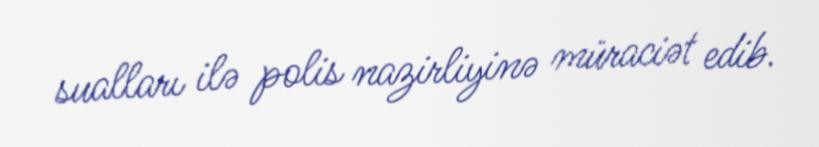
sualları ilə polis nazirliyinə müraciət edib.